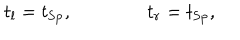
t _ { l } = t _ { \mathrm { S p } } , t _ { r } = t _ { \mathrm { S p } } ,